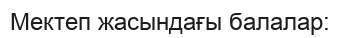
Мектеп жасындағы балалар: